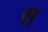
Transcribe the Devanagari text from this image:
बूबू